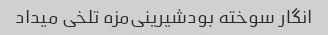
انگار سوخته بود‌شیرینی‌مزه تلخی میداد